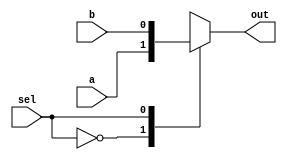
module top_module( 
    input a, b, sel,
    output out ); 
    always @* begin
        case(sel)
            1'b0: out=a;
            1'b1: out=b;
            default: out=1'b0;
        endcase
    end
endmodule